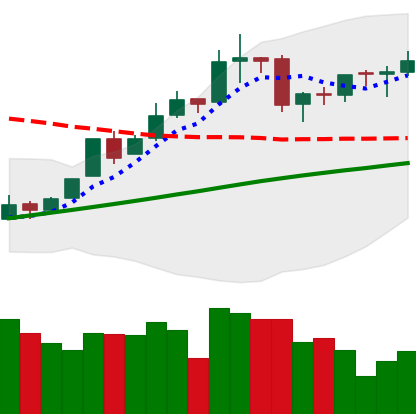
Ticker: BTC-USD
Chart end date: 2016-02-29
Forward return: -8.482%
Label: down_7plus